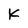
Character: K